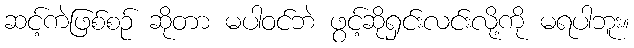
ဆင့်ကဲဖြစ်စဉ် ဆိုတာ မပါဝင်ဘဲ ဖွင့်ဆိုရှင်းလင်းလို့ကို မရပါဘူး။